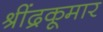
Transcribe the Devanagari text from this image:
श्रींद्रकूमार